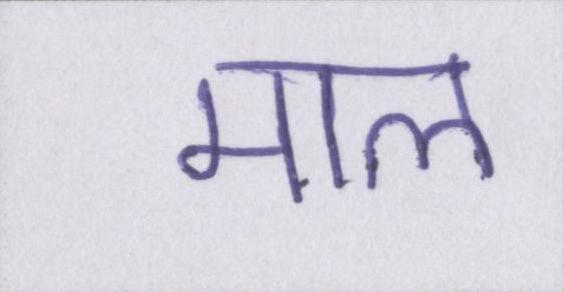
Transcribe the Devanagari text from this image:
माल